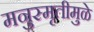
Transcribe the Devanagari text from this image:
मनुस्मृतीमुळे